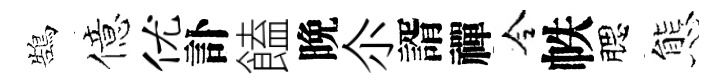
鵠億优訃饁晩尒諝禪令帙腮態